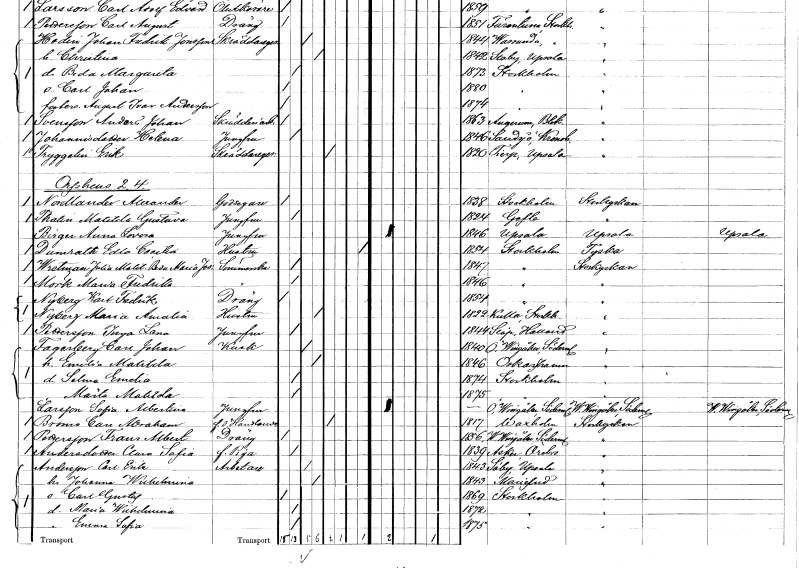
gt_parse: households: individuals: FN: Anders Johan
EN: Svensson
YRKE: Skrädderiarbetare
KON: M
CIV: O
FODAR: 1863
FODFORS: Augerum Blekinge län
FN: Helena
EN: Johannisdotter
YRKE: Jungfru
KON: K
CIV: O
FODAR: 1846
FODFORS: Sandsjö Kronobergs län
FN: Erik
EN: Tryggelin
YRKE: Skräddaregesäll
KON: M
CIV: E
FODAR: 1820
FODFORS: Tierp Uppsala län
FN: Alexander
EN: Nordlander
YRKE: Godsägare
KON: M
CIV: O
FODAR: 1838
FODFORS: Stockholm
FN: Matilda Gustava
EN: Thalin
YRKE: Jungfru
KON: K
CIV: O
FODAR: 1824
FODFORS: Gävle Gävleborgs län
FN: Anna Lovisa
EN: Birger
YRKE: Jungfru
KON: K
CIV: O
FODAR: 1846
FODFORS: Uppsala Uppsala län
FN: Edla Cecilia
EN: Dumrath
YRKE: Hustru
KON: K
CIV: X
FODAR: 1854
FODFORS: Stockholm
FN: Julia Matilda Beda Maria Josefina
EN: Wretman
YRKE: Sömmerska
KON: K
CIV: O
FODAR: 1847
FODFORS: Stockholm
FN: Maria Fredrika
EN: Mörk
YRKE: Sömmerska
KON: K
CIV: O
FODAR: 1846
FODFORS: Stockholm
FN: Karl Fredrik
EN: Nyberg
YRKE: Dräng
KON: M
CIV: O
FODAR: 1854
FODFORS: Stockholm
FN: Maria Amalia
EN: Nyberg
YRKE: Hustru
KON: K
CIV: G
FODAR: 1822
FODFORS: Kulla Stockholms län
FN: Inga Lena
EN: Pettersson
YRKE: Jungfru
KON: K
CIV: O
FODAR: 1844
FODFORS: Släp Hallands län
FN: Carl Johan
EN: Fagerberg
YRKE: Kusk
KON: M
CIV: G
FODAR: 1840
FODFORS: Östra Vingåker Södermanlands län
FN: Emilia Matilda
KON: K
CIV: G
FODAR: 1846
FODFORS: Oskarshamn Kalmar län
FN: Selma Emelia
KON: K
CIV: O
FODAR: 1874
FODFORS: Stockholm
FN: Märta Matilda
KON: K
CIV: O
FODAR: 1875
FODFORS: Stockholm
FN: Sofia Albertina
EN: Larsson
YRKE: Jungfru
KON: K
CIV: O
FODAR: ????
FODFORS: Östra Vingåker Södermanlands län
FN: Carl Abraham
EN: Broms
YRKE: Handlande f.d.
KON: M
CIV: E
FODAR: 1817
FODFORS: Vaxholm Stockholms län
FN: Frans Albert
EN: Pettersson
YRKE: Dräng
KON: M
CIV: O
FODAR: 1856
FODFORS: Västra Vingåker Södermanlands län
FN: Clara Sofia
EN: Andersdotter
YRKE: Piga f.
KON: K
CIV: O
FODAR: 1839
FODFORS: Asker Örebro län
FN: Carl Erik
EN: Andersson
YRKE: Arbetare
KON: M
CIV: G
FODAR: 1843
FODFORS: Läby Uppsala län
FN: Johanna Wilhelmina
KON: K
CIV: G
FODAR: 1843
FODFORS: Mariefred Södermanlands län
FN: Carl Gustaf
KON: M
CIV: O
FODAR: 1869
FODFORS: Stockholm
FN: Maria Wilhelmina
KON: K
CIV: O
FODAR: 1872
FODFORS: Stockholm
FN: Emma Sofia
KON: K
CIV: O
FODAR: 1875
FODFORS: Stockholm